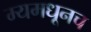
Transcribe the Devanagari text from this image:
म्यमधूनच